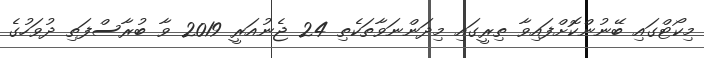
މިކޯޓްގައި ބޭނުންކޮށްފައިވާ ތިރީގައި މިދަންނަވާތަކެތި 24 ޖެނުއަރީ 2019 ވާ ބުރާސްފަތި ދުވަހުގެ